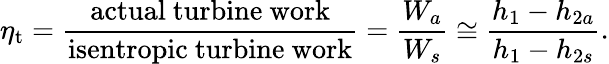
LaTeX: \eta_{\mathrm{t}}={\frac{\mathrm{actual~turbine~work}}{\mathrm{isentropic~turbine~work}}}={\frac{W_{a}}{W_{s}}}\cong{\frac{h_{1}-h_{2a}}{h_{1}-h_{2s}}}.